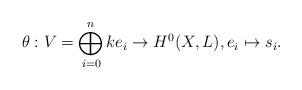
LaTeX: \begin{align*}\theta : V = \bigoplus_{i=0}^n k e_i \to H^0(X, L), e_i \mapsto s_i. \end{align*}